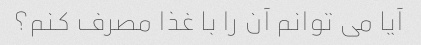
آیا می توانم آن را با غذا مصرف کنم؟